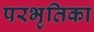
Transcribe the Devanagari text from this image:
परभृतिका